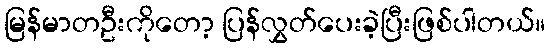
မြန်မာတဦးကိုတော့ ပြန်လွှတ်ပေးခဲ့ပြီးဖြစ်ပါတယ်။